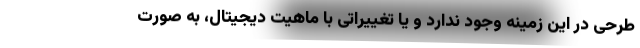
طرحی در این زمینه وجود ندارد و یا تغییراتی با ماهیت دیجیتال، به صورت